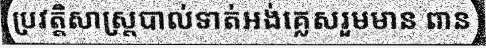
ប្រវត្តិសាស្ត្របាល់ទាត់អង់គ្លេសរួមមាន ពាន